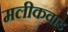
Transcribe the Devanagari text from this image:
मलीकवाड